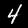
Label: 4